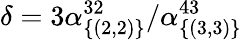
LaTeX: \delta=3\alpha_{\{ (2,2)\} }^{32}/\alpha_{\{ (3,3)\} }^{43}